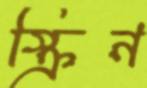
স্ক্রিন